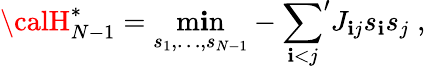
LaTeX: {\calH}_{N-1}^{*}=\operatorname*{m\mathbf{i}n}_{s_{1},\ldots,s_{N-1}}-{\sum_{\mathbf{i}<j}}^{\prime}J_{\mathbf{i}j}s_{\mathbf{i}}s_{j}\; ,